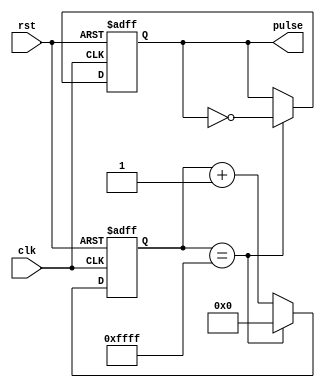
module SimplePulseGenerator (
    input wire clk,
    input wire rst,
    output reg pulse
);

reg [15:0] count;
reg pulse_reg;

always @(posedge clk or posedge rst) begin
    if (rst) begin
        count <= 16'h0000;
        pulse_reg <= 1'b0;
    end else begin
        if (count == 16'hFFFF) begin
            count <= 16'h0000;
            pulse_reg <= ~pulse_reg;
        end else begin
            count <= count + 1;
        end
    end
end

assign pulse = pulse_reg;

endmodule